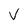
Character: V